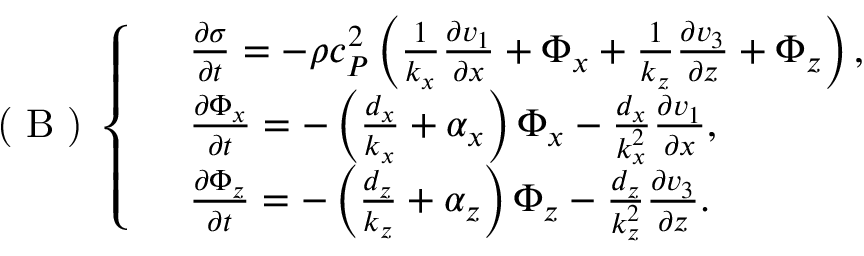
\textup { ( B ) } \left\{ \begin{array} { r l } & { \frac { \partial \sigma } { \partial t } = - \rho c _ { P } ^ { 2 } \left( \frac { 1 } { k _ { x } } \frac { \partial v _ { 1 } } { \partial x } + \Phi _ { x } + \frac { 1 } { k _ { z } } \frac { \partial v _ { 3 } } { \partial z } + \Phi _ { z } \right) , } \\ & { \frac { \partial \Phi _ { x } } { \partial t } = - \left( \frac { d _ { x } } { k _ { x } } + \alpha _ { x } \right) \Phi _ { x } - \frac { d _ { x } } { k _ { x } ^ { 2 } } \frac { \partial v _ { 1 } } { \partial x } , } \\ & { \frac { \partial \Phi _ { z } } { \partial t } = - \left( \frac { d _ { z } } { k _ { z } } + \alpha _ { z } \right) \Phi _ { z } - \frac { d _ { z } } { k _ { z } ^ { 2 } } \frac { \partial v _ { 3 } } { \partial z } . } \end{array} \right.